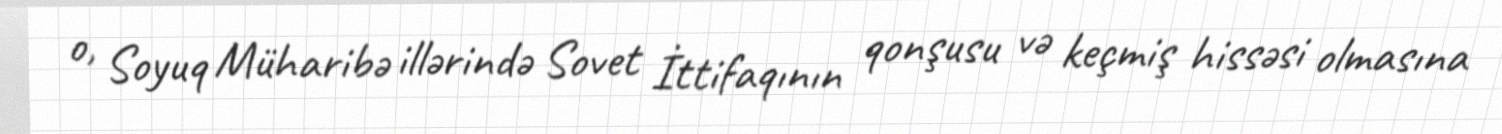
o, Soyuq Müharibə illərində Sovet İttifaqının qonşusu və keçmiş hissəsi olmasına